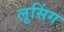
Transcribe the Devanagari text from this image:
लूसिंग